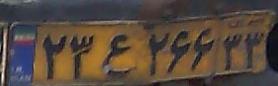
۲۳ع۲۶۶۳۳